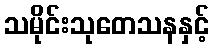
သမိုင်းသုတေသနနှင့်